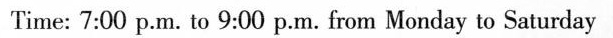
Time: 7:00 p.M. To 9:00 p.M. From Monday to Saturday